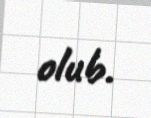
olub.